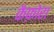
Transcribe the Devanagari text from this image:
कैफ़ोरा